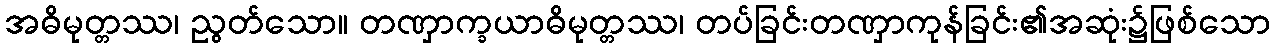
အဓိမုတ္တဿ၊ ညွတ်သော။ တဏှာက္ခယာဓိမုတ္တဿ၊ တပ်ခြင်းတဏှာကုန်ခြင်း၏အဆုံး၌ဖြစ်သော